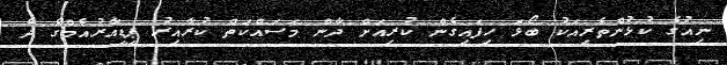
ނިއުގެ ކުޅުންތެރިއަކު ބޯޅަ ހިފައިގެން ކުރިއަށް ދާން މަސައްކަތް ކުރާއިރު ޕީޑީއާރުއެމްގެ ދެ